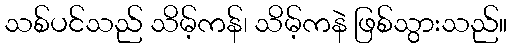
သစ်ပင်သည် သိမ့်ကန်၊ သိမ့်ကနဲ ဖြစ်သွားသည်။